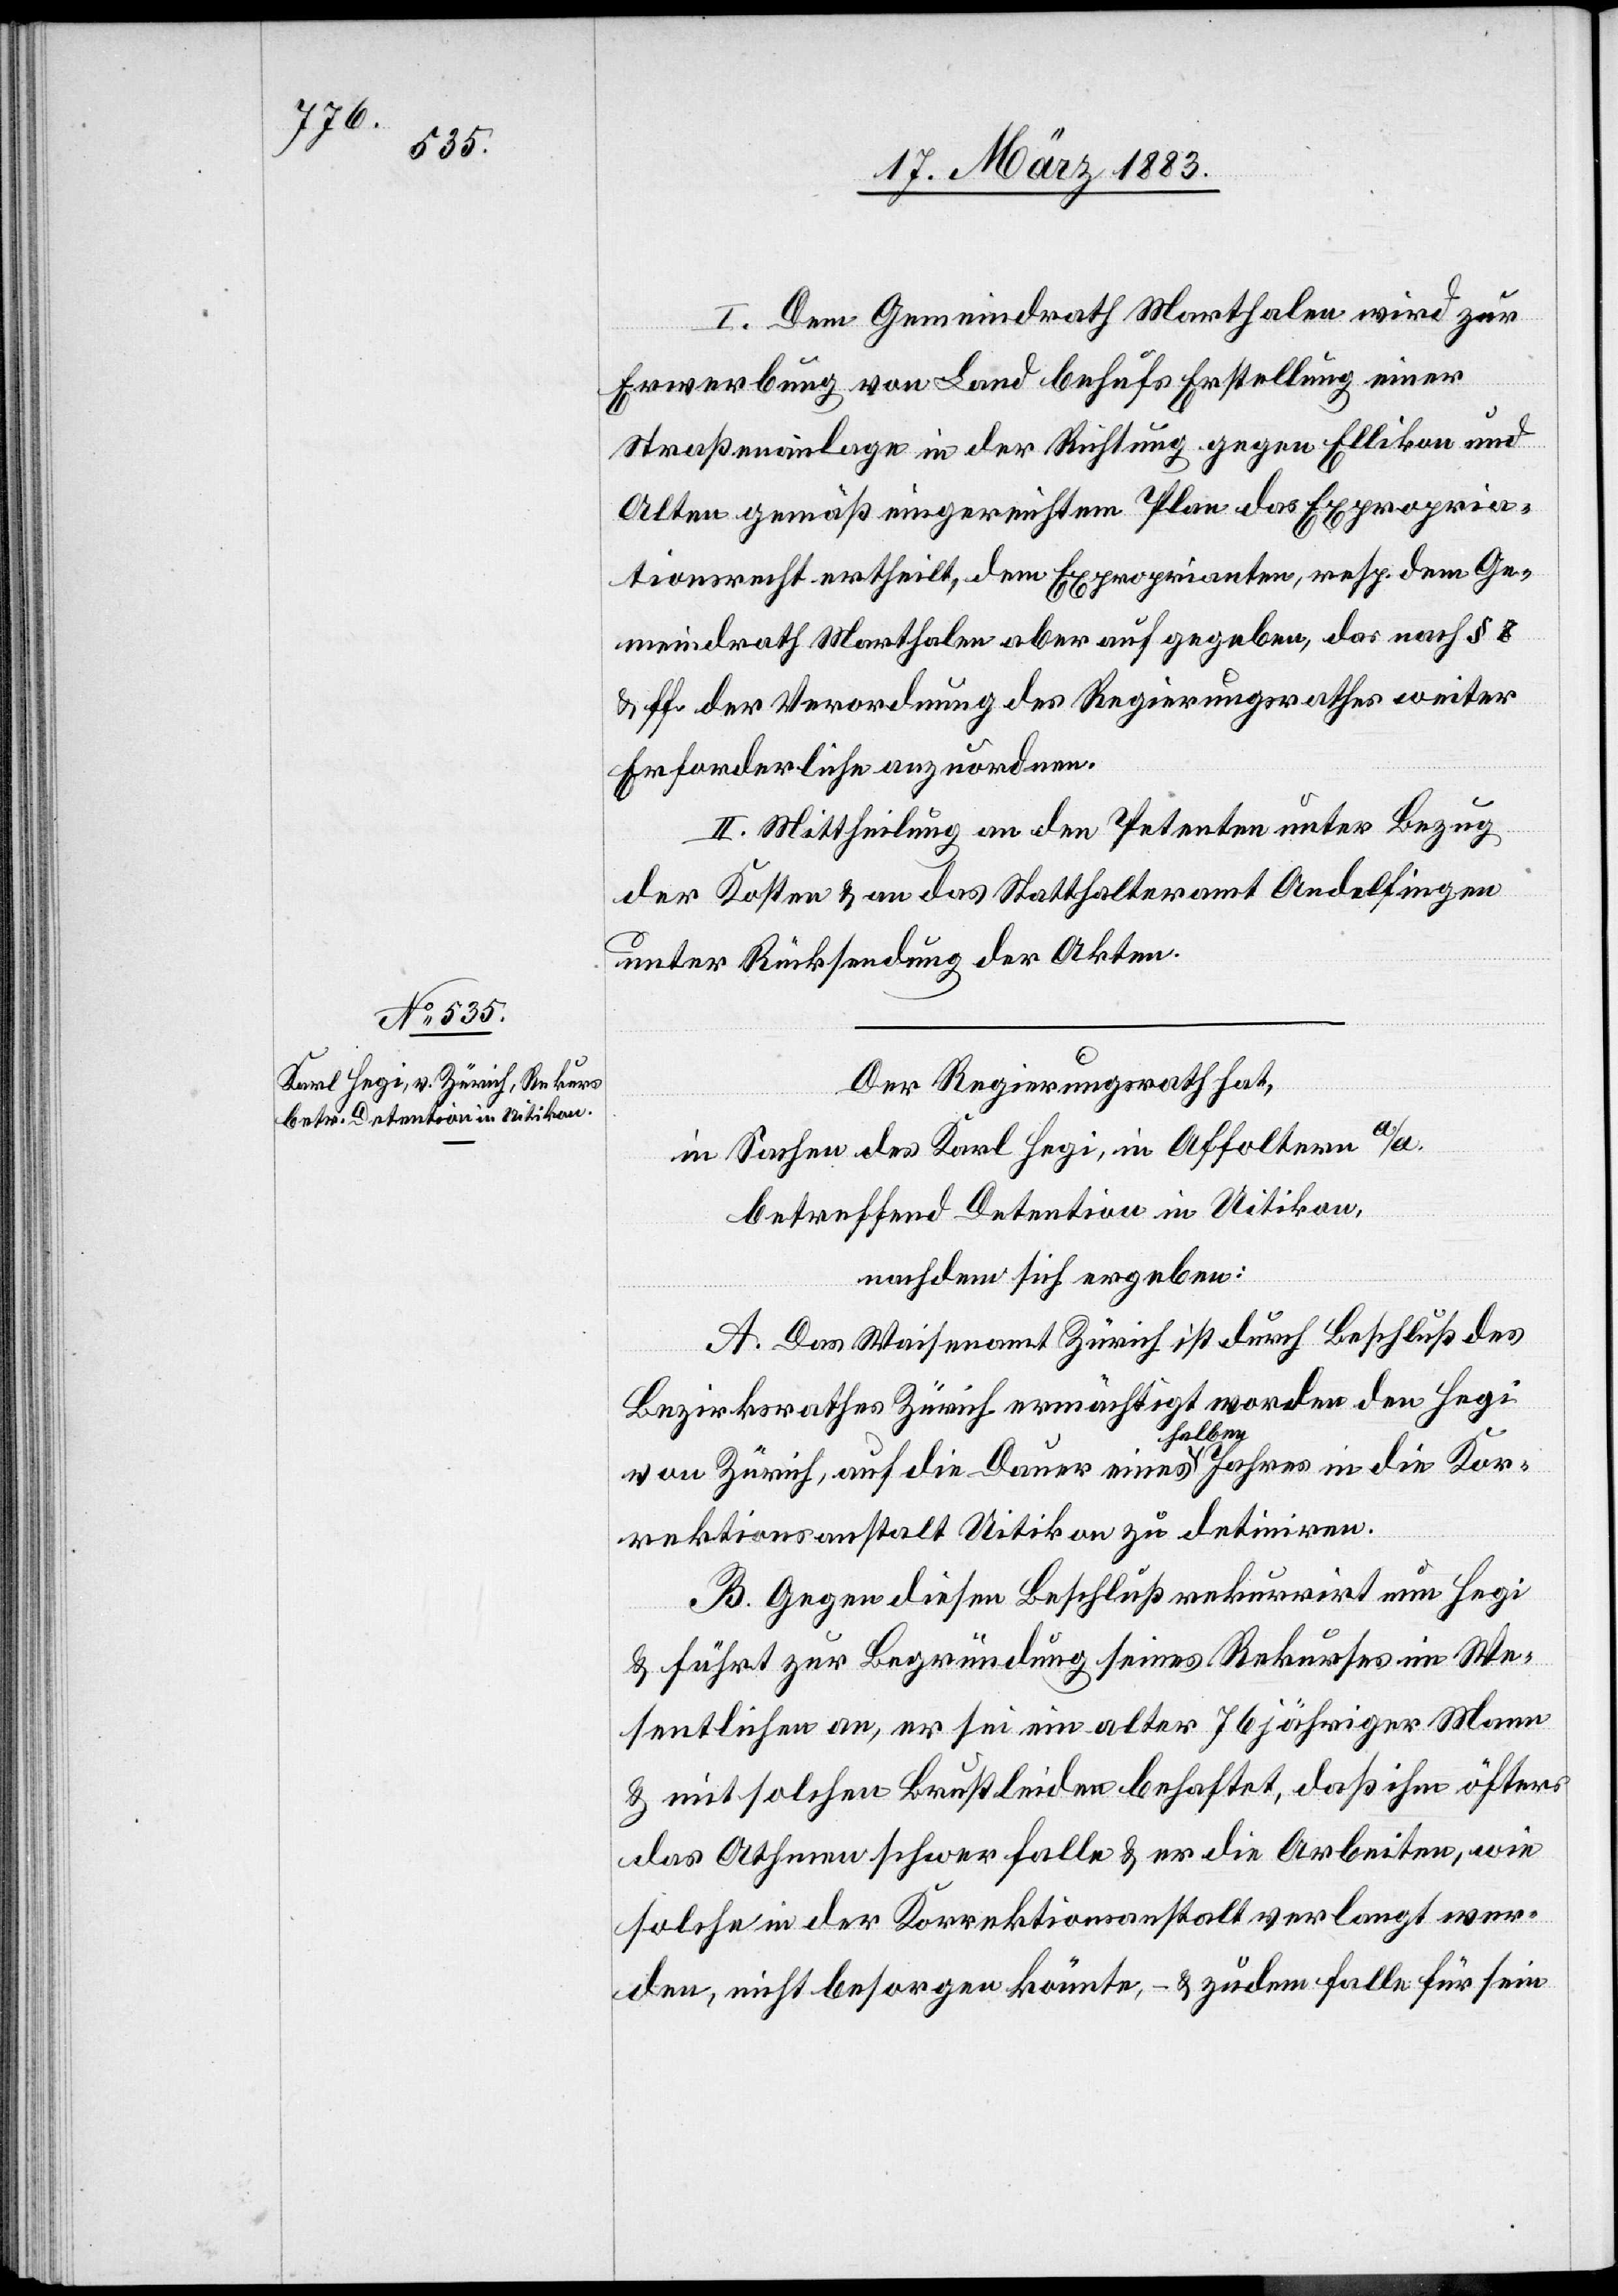
I. Dem Gemeindrath Marthalen wird zur
Erwerbung von Land behufs Erstellung einer
Straßenanlage in der Richtung gegen Ellikon und
Alten gemäß eingereichtem Plan das Expropria¬
tionsrecht ertheilt, dem Exproprianten, resp. dem Ge¬
meindrath Marthalen aber aufgegeben, das nach § 8
& ff. der Verordnung des Regierungsrathes weiter
Erforderliche anzuordnen.
II. Mittheilung an den Petenten unter Bezug
der Kosten & an das Statthalteramt Andelfingen
unter Rücksendung der Akten.
Der Regierungsrath hat,
in Sachen des Karl Hegi, in Affoltern a/A.
betreffend Detention in Uitikon,
nachdem sich ergeben:
A. Das Waisenamt Zürich ist durch Beschluß des
Bezirksrathes Zürich ermächtigt worden den Hegi
von Zürich, auf die Dauer eines a-halben-a Jahres in die Kor¬
rektionsanstalt Uitikon zu detiniren.
B. Gegen diesen Beschluß rekurrirt nun Hegi
& führt zur Begründung seines Rekurses im We¬
sentlichen an, er sei ein alter 76jähriger Mann
& mit solchen Brustleiden behaftet, daß ihm öfters
das Athmen schwer falle & er die Arbeiten, wie
solche in der Korrektionsanstalt verlangt wer¬
den, nicht besorgen könnte, – & zudem falle für sein